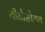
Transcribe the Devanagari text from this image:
यीमौसोबत